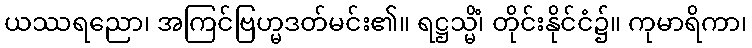
ယဿရညော၊ အကြင်ဗြဟ္မဒတ်မင်း၏။ ရဋ္ဌသ္မိံ၊ တိုင်းနိုင်ငံ၌။ ကုမာရိကာ၊